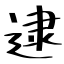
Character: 逮